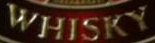
WHISKY